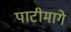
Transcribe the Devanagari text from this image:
पाटीमागे